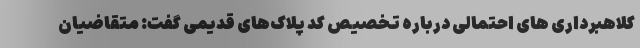
کلاهبرداری های احتمالی درباره تخصیص کد پلاک‌های قدیمی گفت: متقاضیان